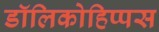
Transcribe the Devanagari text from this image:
डॉलिकोहिप्पस